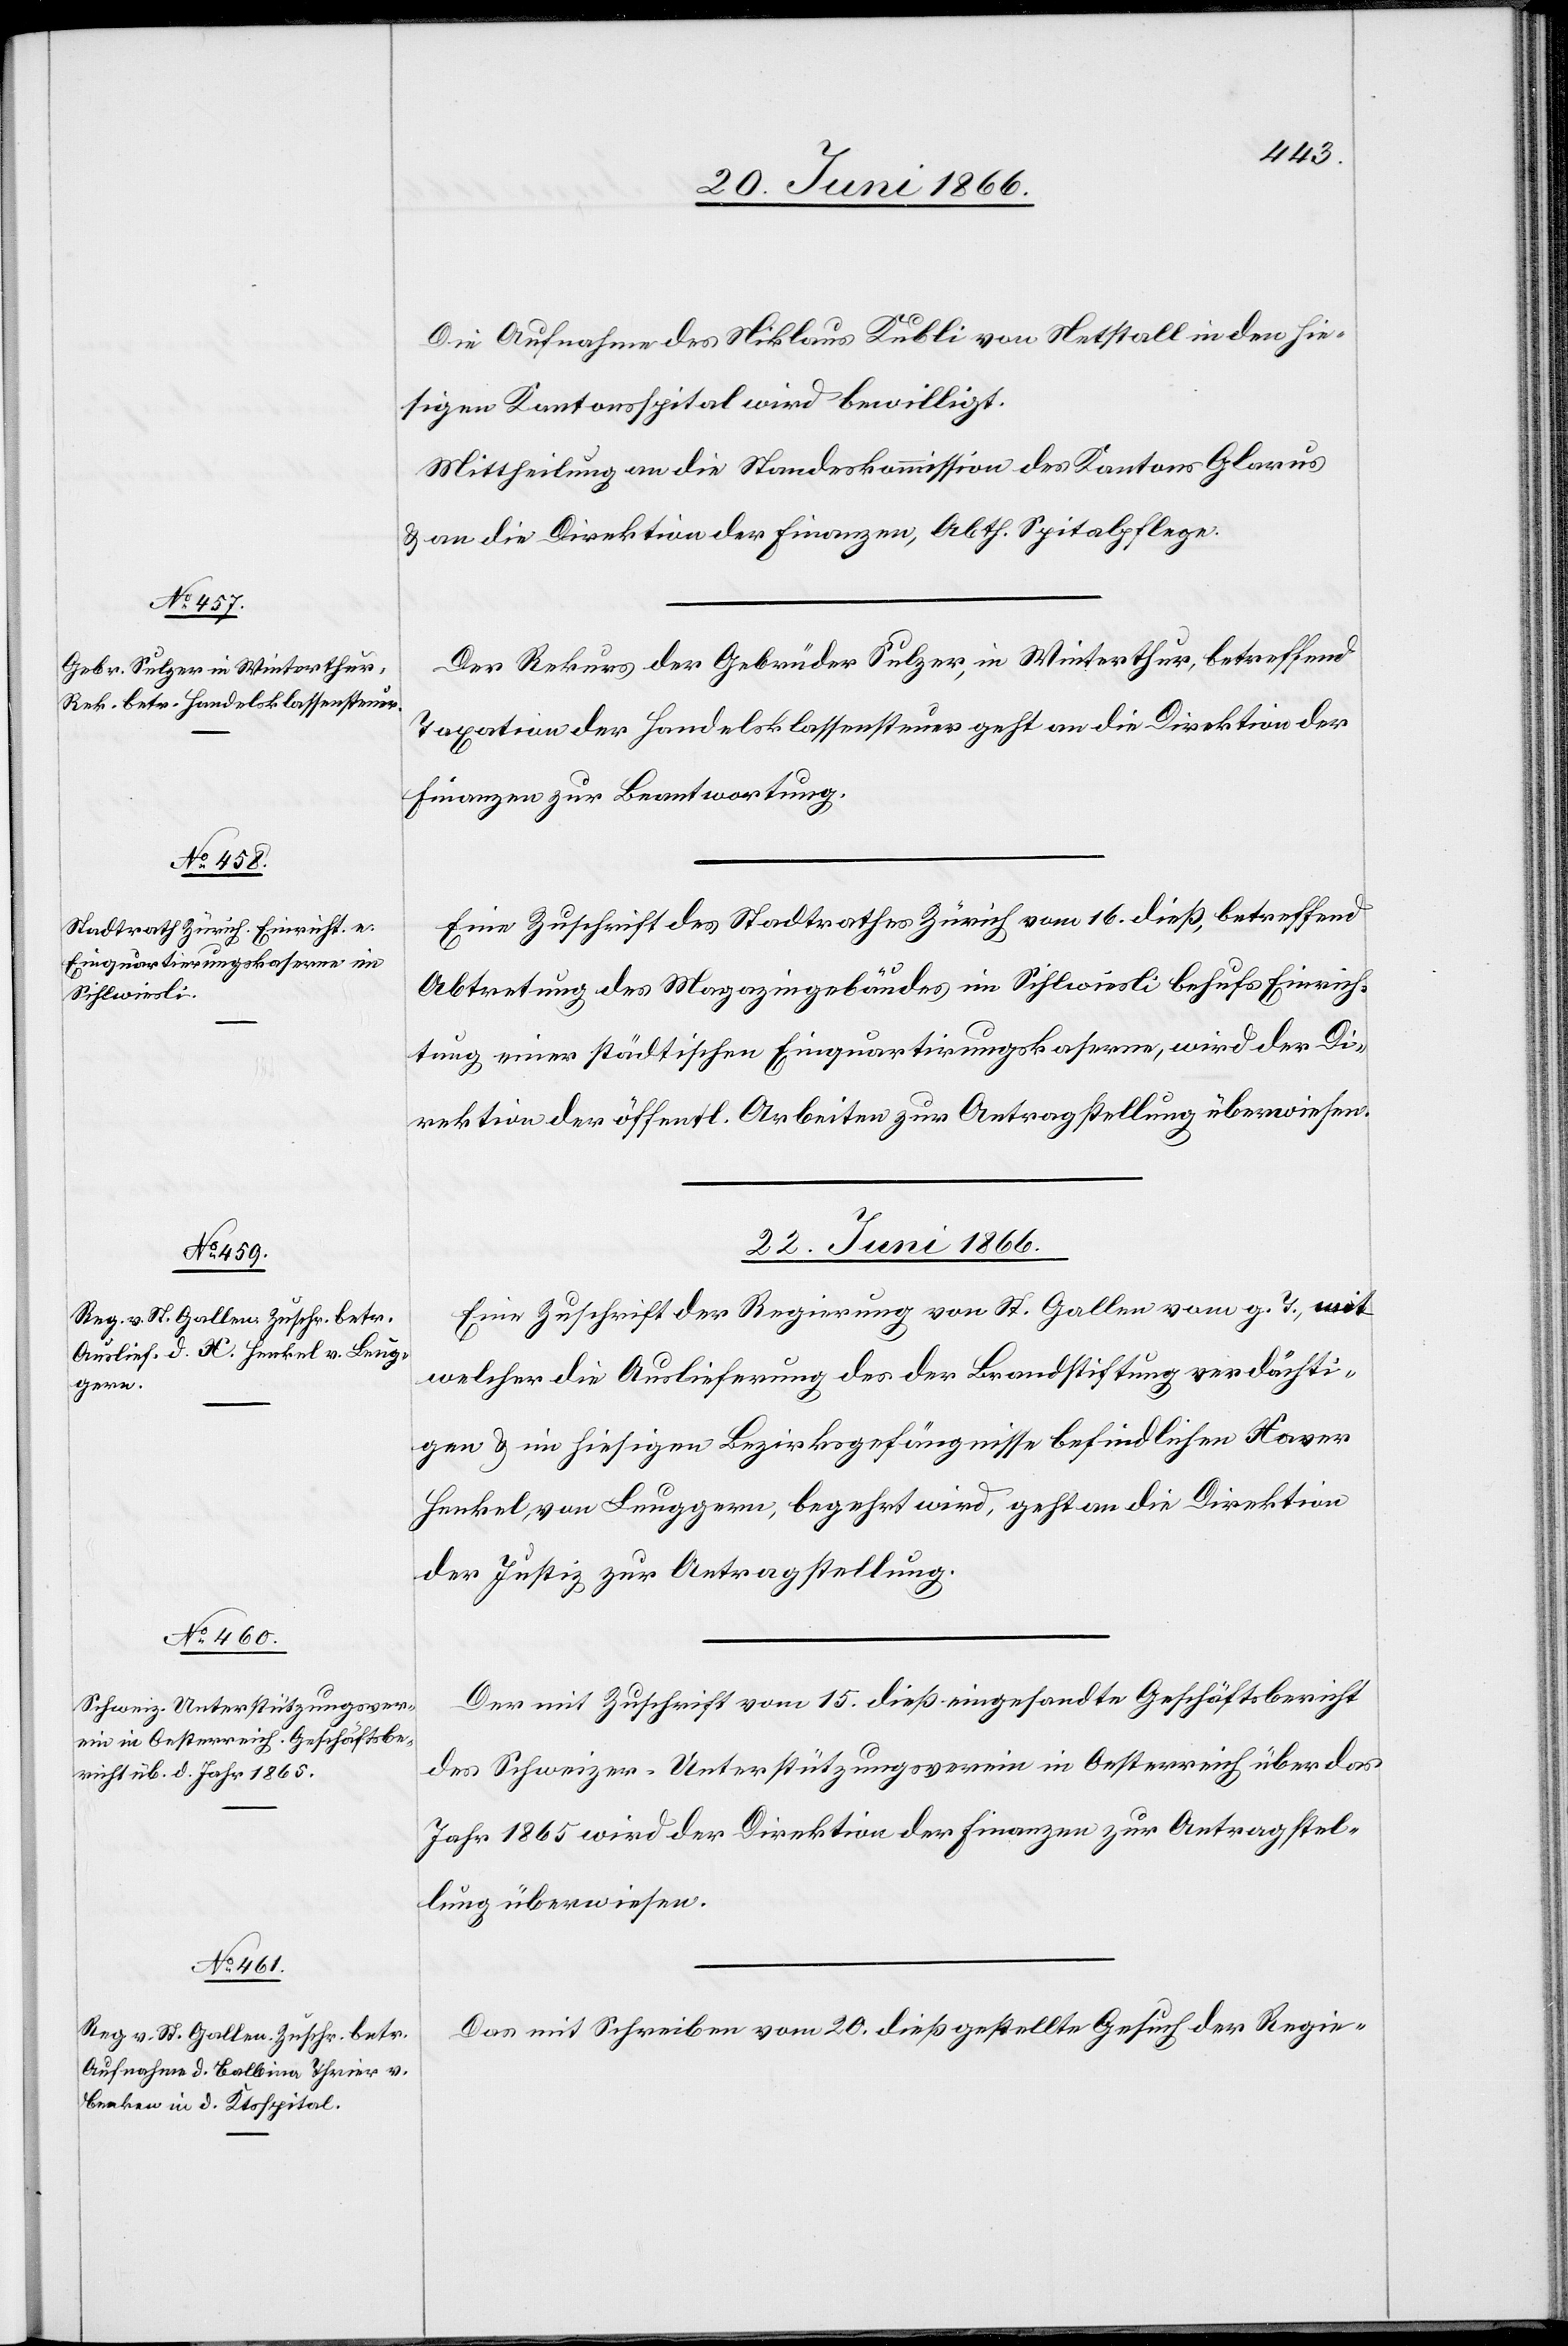
20. Juni 1866.]
Die Aufnahme des Niklaus Kubli von Netstall in den hie¬
sigen Kantonsspital wird bewilligt.
Mittheilung an die Standeskommission des Kantons Glarus
u. an die Direktion der Finanzen, Abth. Spitalpflege.
Der Rekurs der Gebrüder Sulzer, in Winterthur, betreffend
Taxation der Handelsklassensteuer geht an die Direktion der
Finanzen zur Beantwortung.
Eine Zuschrift des Stadtrathes Zürich vom 16. dieß, betreffend
Abtretung des Magazingebäudes im Sihlwiesli behufs Einrich¬
tung einer städtischen Einquartierungskaserne, wird der Di¬
rektion der öffentl. Arbeiten zur Antragstellung überwiesen.
22. Juni 1866.]
Eine Zuschrift der Regierung von St. Gallen vom g. T., mit
welcher die Auslieferung des der Brandstiftung verdächti¬
gen u. im hiesigen Bezirksgefängnisse befindlichen Xaver
Henkel, von Leuggern, begehrt wird, geht an die Direktion
der Justiz, zur Antragstellung.
Der mit Zuschrift vom 15. dieß eingesandte Geschäftsbericht
des Schweizer. Unterstützungsverein in Oesterreich über das
Jahr 1865 wird der Direktion der Finanzen zur Antragstel¬
lung überwiesen.
Das mit Schreiben vom 20. dieß gestellte Gesuch der Regie-